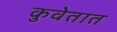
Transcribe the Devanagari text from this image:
कुवेतात